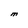
Character: M